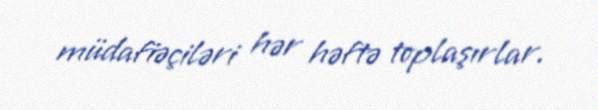
müdafiəçiləri hər həftə toplaşırlar.